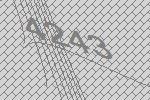
4243